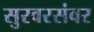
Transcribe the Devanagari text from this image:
सुरवरसंवर